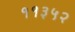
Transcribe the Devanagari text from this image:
११३५२